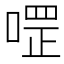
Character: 𱓳